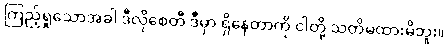
ကြည့်ရှုသောအခါ ဒီလိုစေတီ ဒီမှာ ရှိနေတာကို ငါတို့ သတိမထားမိဘူး။